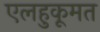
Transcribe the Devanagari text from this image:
एलहुकूमत